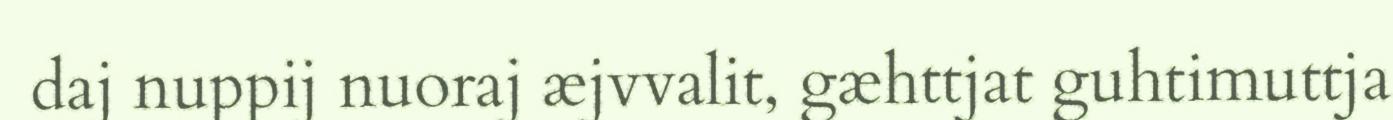
daj nuppij nuoraj æjvvalit, gæhttjat guhtimuttja